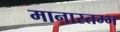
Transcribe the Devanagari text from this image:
मानास्तम्भ